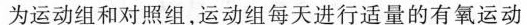
为运动组和对照组，运动组每天进行适量的有氧运动